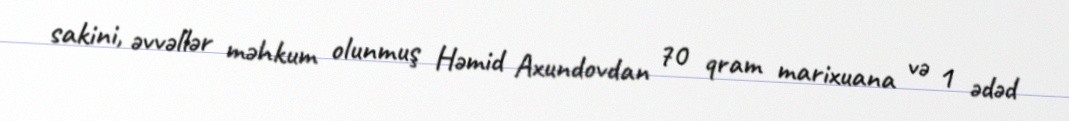
sakini, əvvəllər məhkum olunmuş Həmid Axundovdan 70 qram marixuana və 1 ədəd